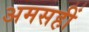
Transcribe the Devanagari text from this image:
अमसहीं